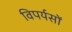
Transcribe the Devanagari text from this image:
विपर्यसों